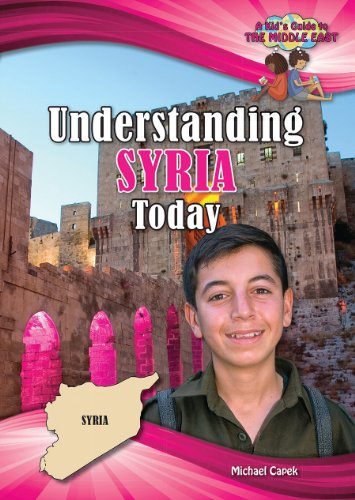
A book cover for Understanding Syria Today (Kid's Guide to the Middle East); Michael Capek; Children's Books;